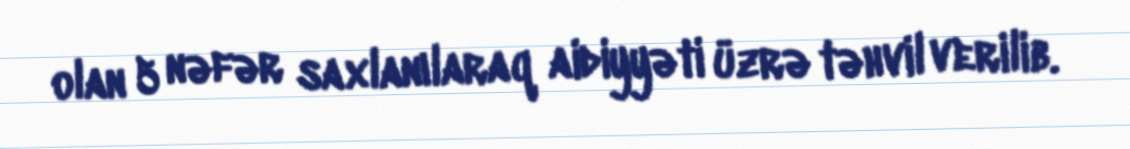
olan 5 nəfər saxlanılaraq aidiyyəti üzrə təhvil verilib.